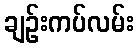
ချဉ်းကပ်လမ်း